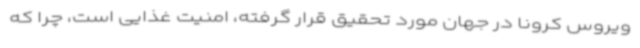
ویروس کرونا در جهان مورد تحقیق قرار گرفته، امنیت غذایی است، چرا که